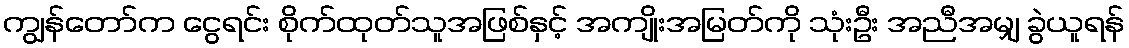
ကျွန်တော်က ငွေရင်း စိုက်ထုတ်သူအဖြစ်နှင့် အကျိုးအမြတ်ကို သုံးဦး အညီအမျှ ခွဲယူရန်